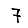
Digit: 7